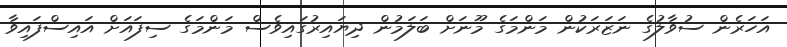
އަހަރެން ސުވާލުގެ ނަޒަރަކުން މަންމަގެ މޫނަށް ބަލަމުން ދިޔައިރުގައިވެސް މަންމަގެ ސިފައަށް އައިސްފައިވާ